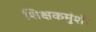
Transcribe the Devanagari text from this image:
शिक्षकमुंशी